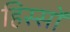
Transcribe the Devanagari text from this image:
हिस्सों